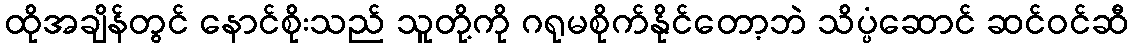
ထိုအချိန်တွင် နောင်စိုးသည် သူတို့ကို ဂရုမစိုက်နိုင်တော့ဘဲ သိပ္ပံဆောင် ဆင်ဝင်ဆီ